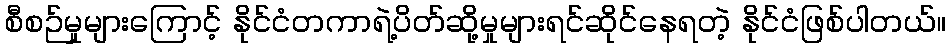
စီစဉ်မှုများကြောင့် နိုင်ငံတကာရဲ့ပိတ်ဆို့မှုများရင်ဆိုင်နေရတဲ့ နိုင်ငံဖြစ်ပါတယ်။